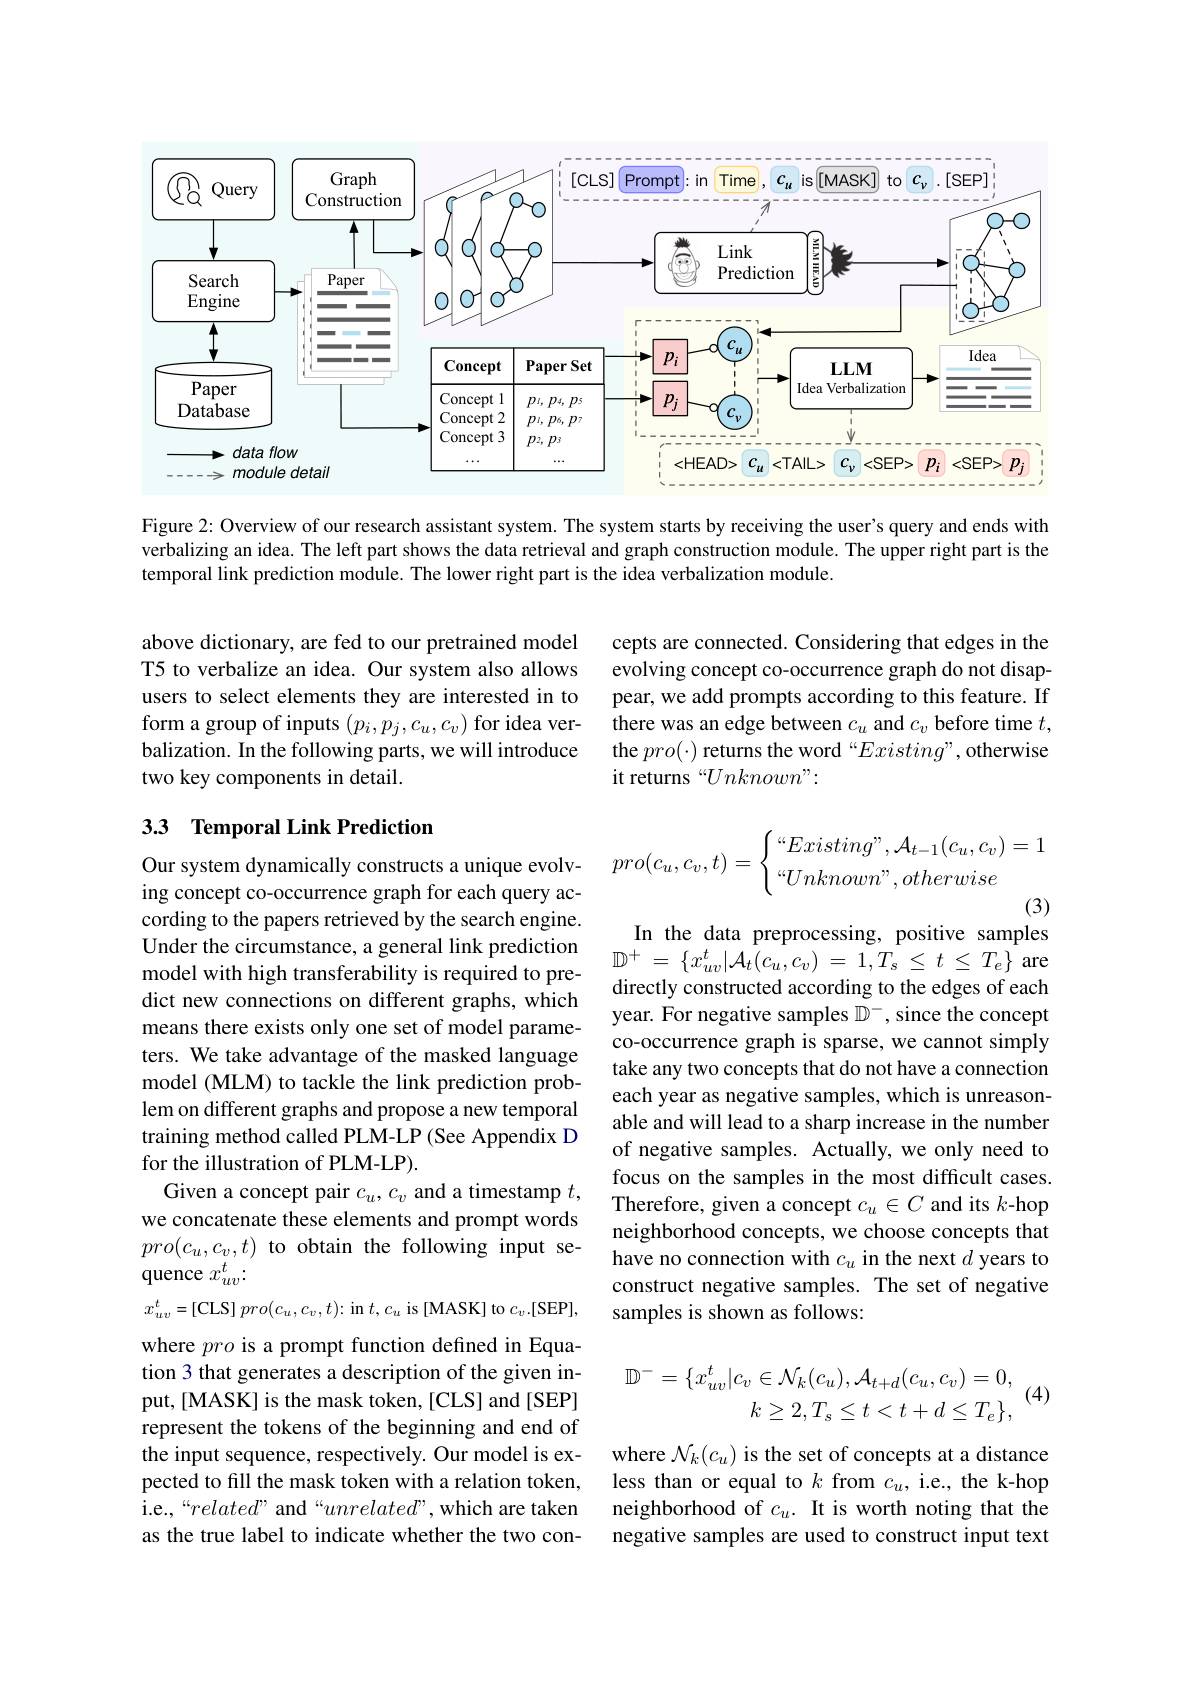
<FigureHere>

Figure 2: Overview of our research assistant system. The system starts by receiving the user's query and ends with verbalizing an idea. The left part shows the data retrieval and graph construction module. The upper right part is the temporal link prediction module. The lower right part is the idea verbalization module.

above dictionary, are fed to our pretrained model T5 to verbalize an idea. Our system also allows users to select elements they are interested in to form a group of inputs $(p_i,p_j,c_u,c_v)$ for idea verbalization. In the following parts, we will introduce two key components in detail.

cepts are connected. Considering that edges in the evolving concept co-occurrence graph do not disappear, we add prompts according to this feature. If there was an edge between $c_u$ and $c_v$ before time $t$, the $pro(\cdot)$ returns the word“$Existing”$,otherwise it returns “Unknown”:

### 3.3 Temporal Link Prediction
$$pro(c_u,c_v,t)=\begin{cases}“Existing”,\mathcal{A}_{t-1}(c_u,c_v)=1\\“Unknown”,otherwise\end{cases}$$
In the data preprocessing, positive samples

$\mathbb{D} ^{+ }$ = $\{ x_{uv}^{t}| \mathcal{A} _{t}( c_{u}, c_{v})$ = $1, T_{s}$ $\leq$ $t$ $\leq$ $T_{e}\}$ are directly constructed according to the edges of each year. For negative samples $\mathbb{D}^-$, since the concept co-occurrence graph is sparse, we cannot simply take any two concepts that do not have a connection each year as negative samples, which is unreasonable and will lead to a sharp increase in the number of negative samples. Actually, we only need to focus on the samples in the most difficult cases. Therefore, given a concept $c_u\in C$ and its $k$-hop neighborhood concepts, we choose concepts that have no connection with $c_u$ in the next $d$ years to construct negative samples. The set of negative samples is shown as follows:

Our system dynamically constructs a unique evolving concept co-occurrence graph for each query according to the papers retrieved by the search engine. Under the circumstance, a general link prediction model with high transferability is required to predict new connections on different graphs, which means there exists only one set of model parameters. We take advantage of the masked language model (MLM) to tackle the link prediction problem on different graphs and propose a new temporal training method called PLM-LP (See Appendix D for the illustration of PLM-LP).
Given a concept pair $c_u,c_v$ and a timestamp $t$, we concatenate these elements and prompt words $pro(c_u,c_v,t)$ to obtain the following input sequence $x_{uv}^t.$
$x_{uv}^{t}=[$CLS$]pro(c_u,c_v,t)\colon$in$t,c_u$is[MASK]to$c_v.[$SEP], where pro is a prompt function defined in Equation 3 that generates a description of the given input, [MASK] is the mask token, [CLS] and [SEP] represent the tokens of the beginning and end of the input sequence, respectively. Our model is expected to fill the mask token with a relation token, i.e.,“related” and“$unrelated”$,which are taken as the true label to indicate whether the two con-

(4)
$$\mathbb{D}^{-}=\{x_{uv}^{t}|c_{v}\in\mathcal{N}_{k}(c_{u}),\mathcal{A}_{t+d}(c_{u},c_{v})=0,\\k\geq2,T_{s}\leq t<t+d\leq T_{e}\},$$
where $\mathcal{N}_k(c_u)$ is the set of concepts at a distance less than or equal to $k$ from $c_u$, i.e., the k-hop neighborhood of $c_u.$ It is worth noting that the negative samples are used to construct input text